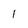
Character: 1